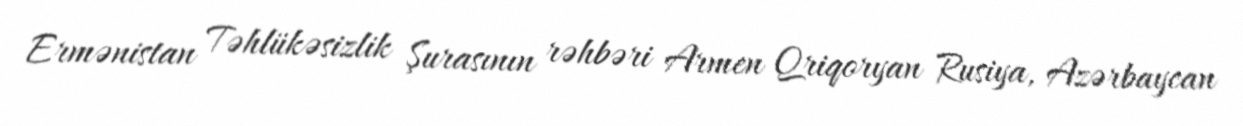
Ermənistan Təhlükəsizlik Şurasının rəhbəri Armen Qriqoryan Rusiya, Azərbaycan